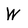
Character: W